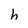
Character: h